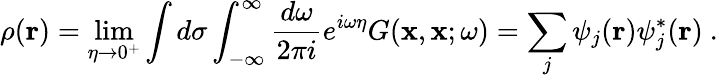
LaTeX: \rho(\mathbf{r})=\operatorname*{lim}_{\eta\to 0^{+}}\int d\sigma\int_{-\infty}^{\infty}\frac{d\omega}{2\pi i}e^{i\omega\eta}G(\mathbf{x},\mathbf{x};\omega)=\sum_{j}\psi_{j}(\mathbf{r})\psi_{j}^{*}(\mathbf{r})\ .